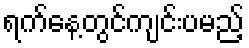
ရက်နေ့တွင်ကျင်းပမည့်